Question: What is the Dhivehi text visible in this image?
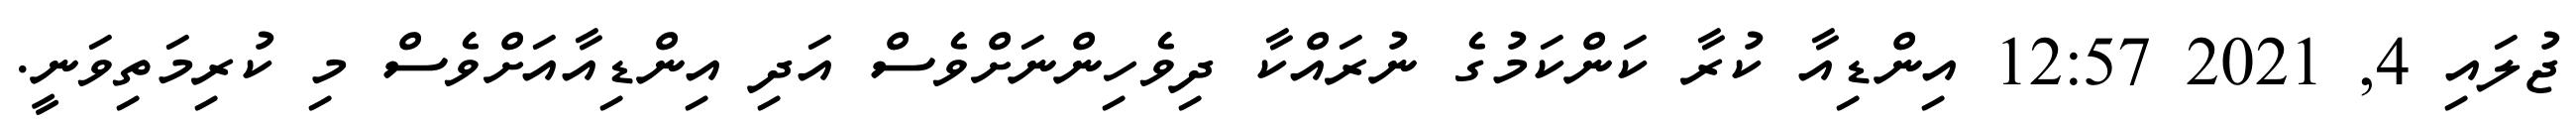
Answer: ޖުލައި 4, 2021 12:57 އިންޑިއާ ކުރާ ކަންކަމުގެ ނުރައްކާ ދިވެހިންނަށްވެސް އަދި އިންޑިއާއަށްވެސް މި ކުރިމަތިވަނީ.